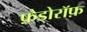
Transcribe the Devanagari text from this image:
फ़ेडोरॉफ़